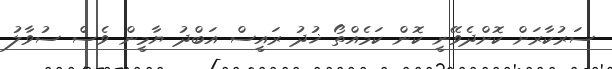
ސަރުކާރަށް ކޮށްދެވޭނީ ކޮން ކަމެއްތޯ ޚުދު ރައީސް އަބްދު ޔާމީން ވެސް ސުވާލު